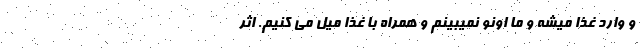
و وارد غذا میشه و ما اونو نمیبینم و همراه با غذا میل می کنیم. اثر